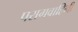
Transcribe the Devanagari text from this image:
परागवाहिनी